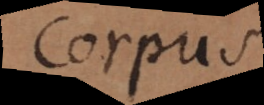
Corpus